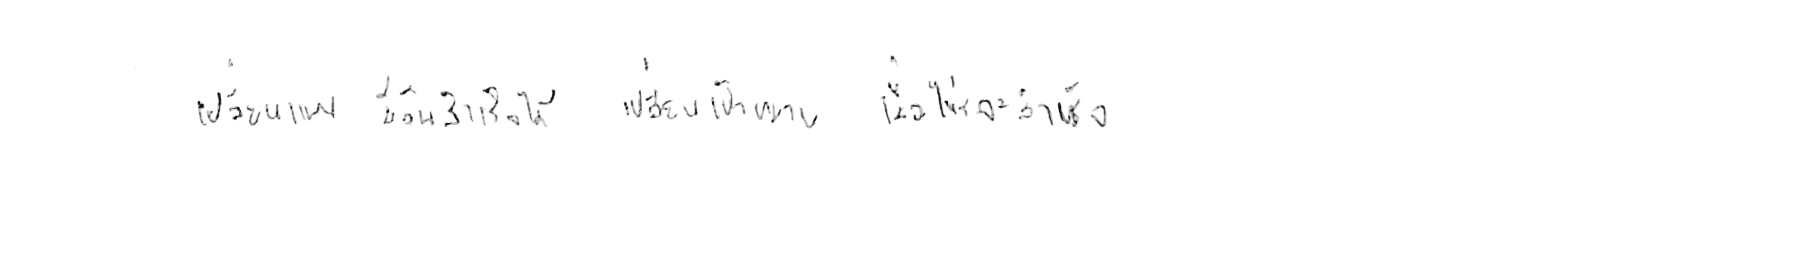
เปลี่ยนแผน มีวันสำเร็จได้ เปลี่ยนเป้าหมาย เมื่อไหร่จะสำเร็จ